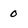
Character: 0